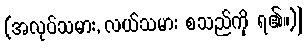
(အလုပ်သမား, လယ်သမား စသည်ကို ရ၏။)]